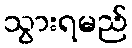
သွားရမည်